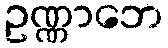
ဥဏ္ဏာဘေ